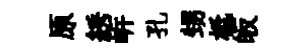
原綉㟁孔甥柢皈